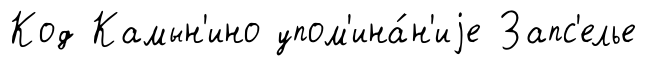
Код Камын'ино упом'ина́н'иjе Запс'елье